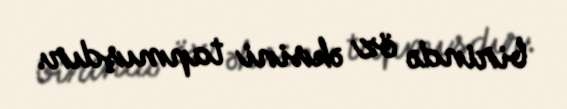
birində öz əksini tapmışdır.